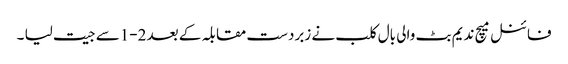
فائنل میچ ندیم بٹ والی بال کلب نے زبردست مقابلہ کے بعد 2-1سے جیت لیا ۔